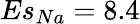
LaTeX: Es_{Na}=8.4